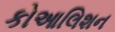
કોઆલિશન